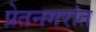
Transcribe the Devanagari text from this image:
प्रेतनगरांत